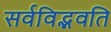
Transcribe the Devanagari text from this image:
सर्वविद्भवति